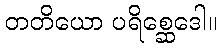
တတိယော ပရိစ္ဆေဒေါ။